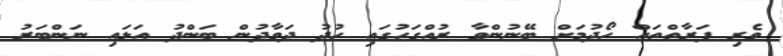
ވެރި ފަރާތްތައް ހޯދުމަށް ބޭނުންވާ ރުއްގަހުގައި ހުދު ދަވާދުން ބަންދު އަޅައި ނަންބަރު